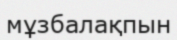
мұзбалақпын